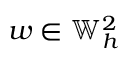
w \in \mathbb { W } _ { h } ^ { 2 }